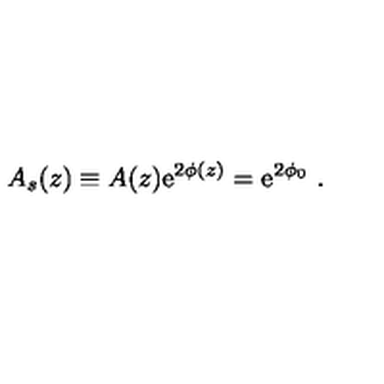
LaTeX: A _ { s } ( z ) \equiv A ( z ) \mathrm { e } ^ { 2 \phi ( z ) } = \mathrm { e } ^ { 2 \phi _ { 0 } } \ . \